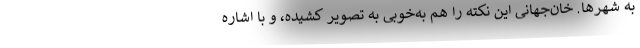
به شهرها. خان‌جهانی این نکته را هم به‌خوبی به تصویر کشیده، و با اشاره